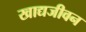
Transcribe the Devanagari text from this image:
खाद्यजीवन